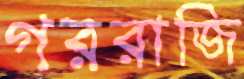
গররাজি